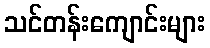
သင်တန်းကျောင်းများ